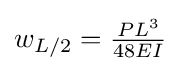
w_{L/2}={\tfrac {PL^{3}}{48EI}}